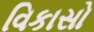
વિકાસો